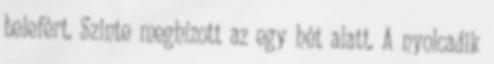
belefért. Szinte meghízott az egy hét alatt. A nyolcadik